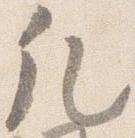
凡